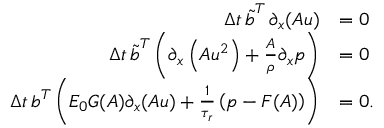
\begin{array} { r l } { \Delta t \, \boldsymbol { \tilde { b } } ^ { T } \, \partial _ { x } ( \boldsymbol { A u } ) } & { = 0 } \\ { \Delta t \, \boldsymbol { \tilde { b } } ^ { T } \left( \partial _ { x } \left( \boldsymbol { A u ^ { 2 } } \right) + \frac { \boldsymbol { A } } { \rho } \partial _ { x } \boldsymbol { p } \right) } & { = 0 } \\ { \Delta t \, \boldsymbol { b } ^ { T } \left( E _ { 0 } \boldsymbol { G } ( \boldsymbol { A } ) \partial _ { x } ( \boldsymbol { A u } ) + \frac { 1 } { \tau _ { r } } \left( \boldsymbol { p } - \boldsymbol { F } ( \boldsymbol { A } ) \right) \right) } & { = 0 . } \end{array}